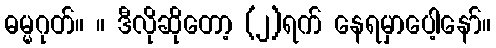
ဓမ္မဂုတ်။ ။ ဒီလိုဆိုတော့ (၂)ရက် နေရမှာပေါ့နော်။